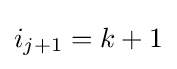
i_{j+1}=k+1